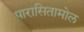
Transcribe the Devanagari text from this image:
पारासितामोल